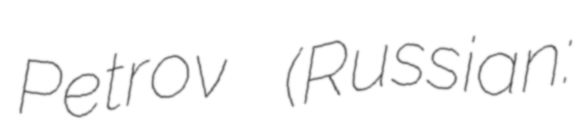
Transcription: Petrov (Russian: